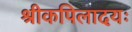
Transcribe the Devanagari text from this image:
श्रीकपिलादयः